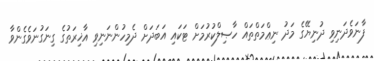
ފާނަވެދަނިވި ދުނިޔޭގެ މަދު ނިޢްމަތްތައް ހާޞިލްކުރުމަށް ޓަކައި އަބަދަށް ދެމިހުންނަނިވި އާޚިރަތުގެ ގިނަގުނަވެގެންވާ